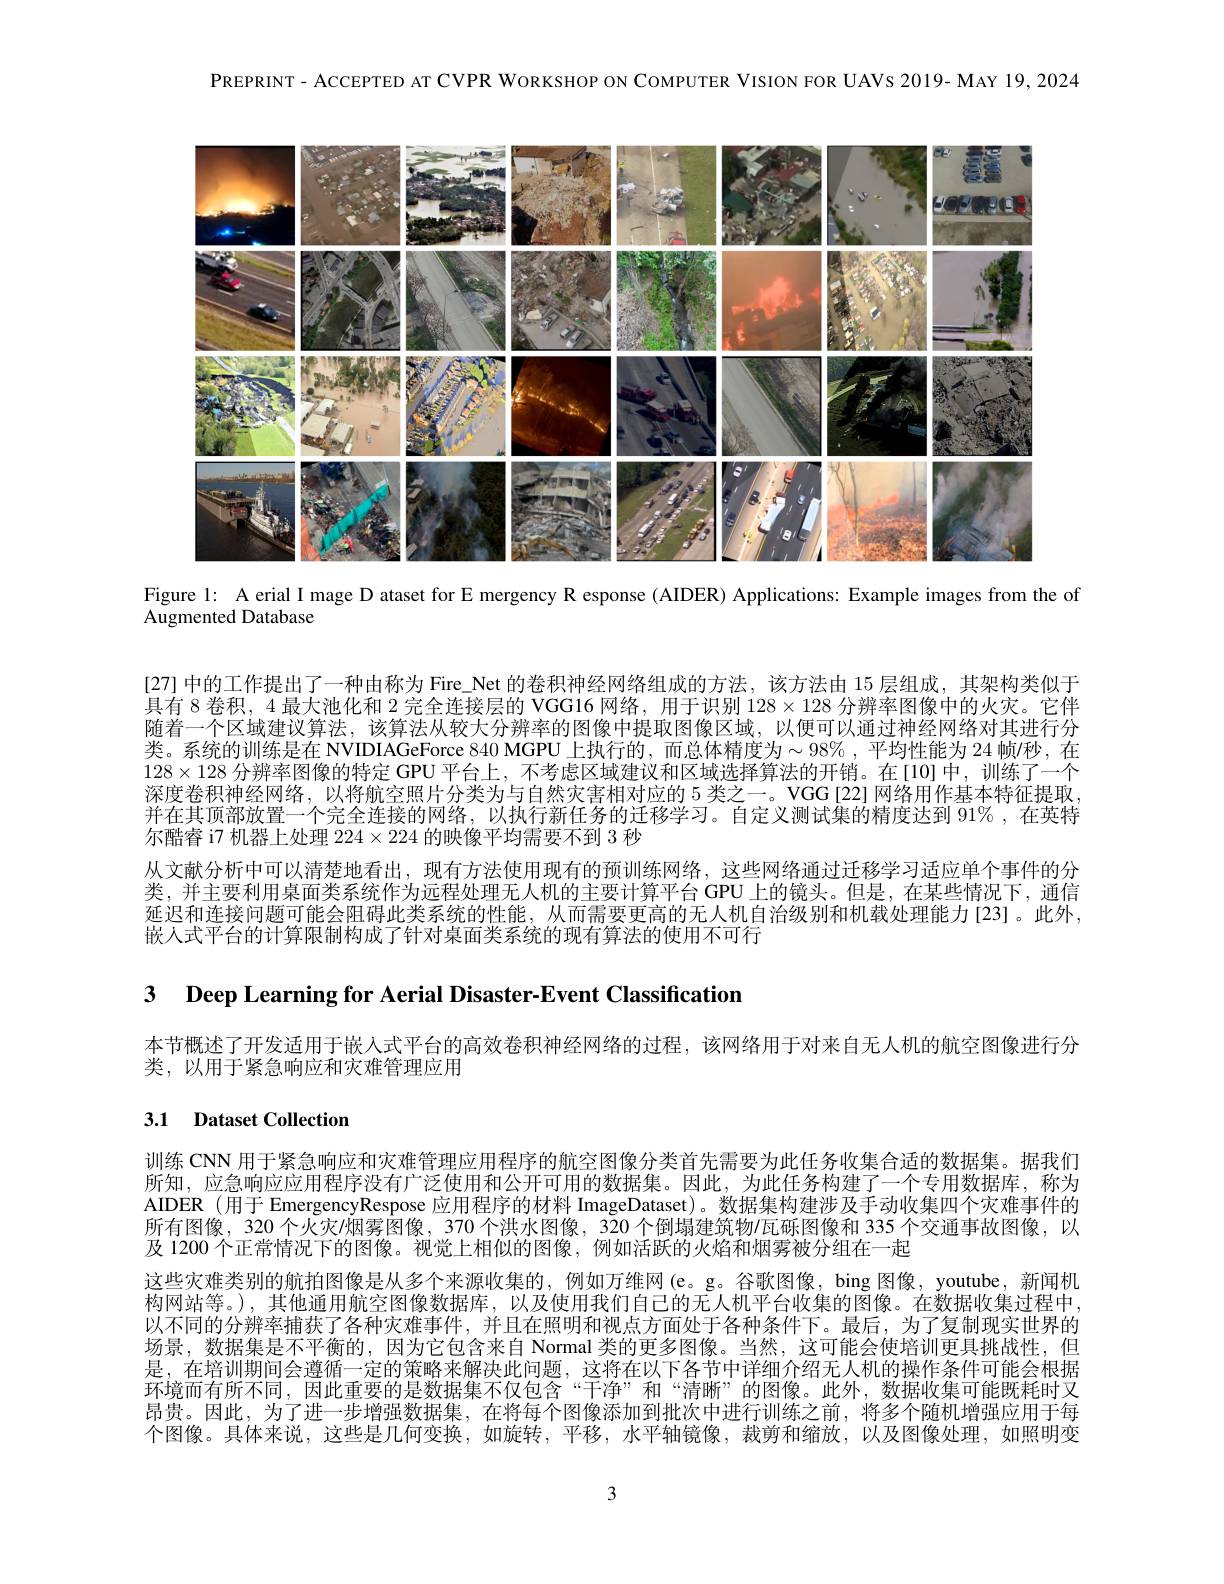
$\mathsf{PREPRINT-ACCEPTEDATCVPRWORKSHOPONCOMPUTERVISIONFORUAVS2019-MAY19,2024}$

<FigureHere>

Figure l: A erial I mage D ataset for E mergency R esponse (AIDER) Applications: Example images from the of

Augmented Database

[27] 中的工作提出了一种由称为 Fire\_Net 的卷积神经网络组成的方法，该方法由 15 层组成，其架构类似于具有 8 卷积，4 最大池化和 2 完全连接层的 VGG16 网络，用于识别$128\times128$分辨率图像中的火灾。它伴随着一个区域建议算法，该算法从较大分辨率的图像中提取图像区域，以便可以通过神经网络对其进行分类。系统的训练是在 NVIDIAGeForce 840 MGPU 上执行的，而总体精度为$\sim98\%$ ,平均性能为 24 帧/秒，在$128\times128$分辨率图像的特定 GPU 平台上，不考虑区域建议和区域选择算法的开销。在[10]中，训练了一个深度卷积神经网络，以将航空照片分类为与自然灾害相对应的 5 类之一。VGG[22] 网络用作基本特征提取并在其顶部放置一个完全连接的网络，以执行新任务的迁移学习。自定义测试集的精度达到 91% ,在英特尔酷睿 i7 机器上处理$224\times224$的映像平均需要不到 3 秒
从文献分析中可以清楚地看出，现有方法使用现有的预训练网络，这些网络通过迁移学习适应单个事件的分类，并主要利用桌面类系统作为远程处理无人机的主要计算平台 GPU 上的镜头。但是，在某些情况下，通信延迟和连接问题可能会阻碍此类系统的性能，从而需要更高的无人机自治级别和机载处理能力[23]。此外嵌人式平台的计算限制构成了针对桌面类系统的现有算法的使用不可行

3 Deep Learning for Aerial Disaster-Event Classification

本节概述了开发适用于嵌人式平台的高效卷积神经网络的过程，该网络用于对来自无人机的航空图像进行分
类，以用于紧急响应和灾难管理应用

# 3.1 Dataset Collection

训练 CNN 用于紧急响应和灾难管理应用程序的航空图像分类首先需要为此任务收集合适的数据集。据我们所知，应急响应应用程序没有广泛使用和公开可用的数据集。因此，为此任务构建了一个专用数据库，称为AIDER (用于 EmergencyRespose 应用程序的材料 ImageDataset)。数据集构建涉及手动收集四个灾难事件的所有图像，320 个火灾/烟雾图像，370 个洪水图像，320 个倒塌建筑物/瓦砾图像和 335 个交通事故图像，以及 1200 个正常情况下的图像。视觉上相似的图像，例如活跃的火焰和烟雾被分组在一起
这些灾难类别的航拍图像是从多个来源收集的，例如万维网(e。g。谷歌图像，bing 图像，youtube, 新闻机构网站等。),其他通用航空图像数据库，以及使用我们自己的无人机平台收集的图像。在数据收集过程中以不同的分辨率捕获了各种灾难事件，并且在照明和视点方面处于各种条件下。最后，为了复制现实世界的场景，数据集是不平衡的，因为它包含来自 Normal 类的更多图像。当然，这可能会使培训更具挑战性，但是，在培训期间会遵循一定的策略来解决此问题，这将在以下各节中详细介绍无人机的操作条件可能会根据环境而有所不同，因此重要的是数据集不仅包含“干净”和“清晰”的图像。此外，数据收集可能既耗时又昂贵。因此，为了进一步增强数据集，在将每个图像添加到批次中进行训练之前，将多个随机增强应用于每个图像。具体来说，这些是几何变换，如旋转，平移，水平轴镜像，裁剪和缩放，以及图像处理，如照明变

3